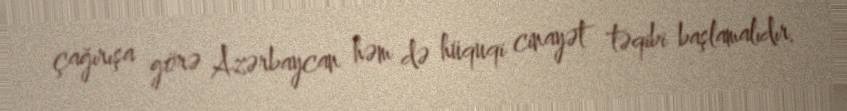
çağırışa görə Azərbaycan həm də hüquqi cinayət təqibi başlamalıdır.